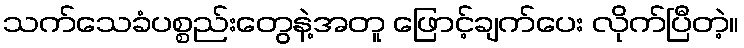
သက်သေခံပစ္စည်းတွေနဲ့အတူ ဖြောင့်ချက်ပေး လိုက်ပြီတဲ့။